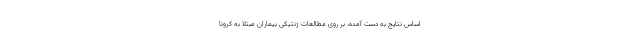
اساس نتایج به دست آمده، بر روی مطالعات ژنتیکی بیماران مبتلا به کرونا